Notes on vaccination in the North-West Frontier Province 1923-1928 - 1923-1928
Year: 1923
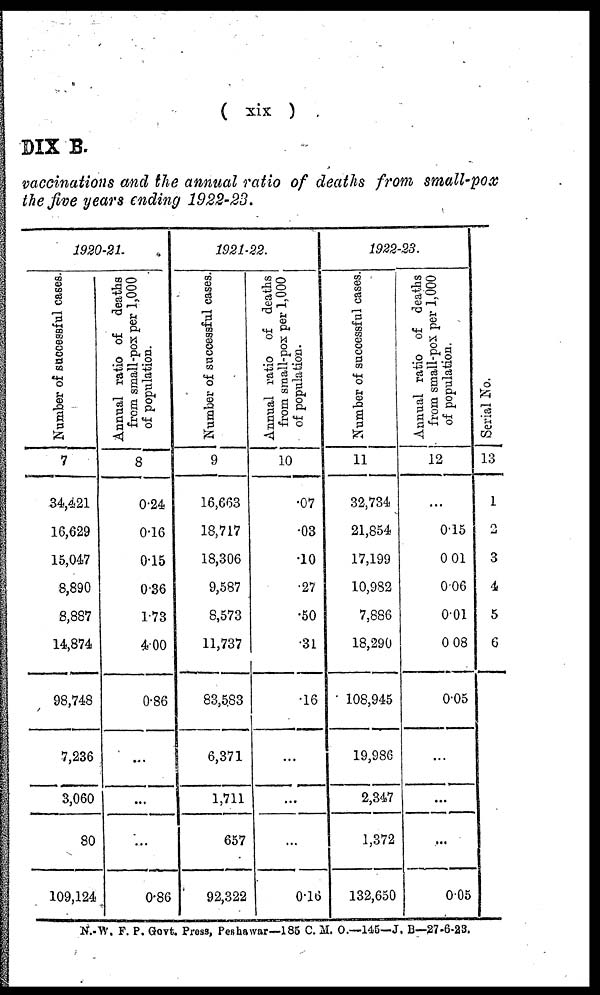
( xix )
DIX B.
vaccinations and the annual ratio of deaths from small-pox
the five years ending 1922-23.
1920-21.
Number of successful cases.
7
34,421
16,629
15,047
8,890
8,887
14,874
98,748
7,236
3,060
80
109,124
Annual ratio of deaths
from small-pox per 1,000
of population.
8
0.24
0.16
0.15
0.36
1.73
4.00
0.86
...
...
...
0.86
1921-22.
Number of successful cases.
9
16,663
18,717
18,306
9,587
8,573
11,737
83,583
6,371
1,711
657
92,322
Annual ratio of deaths
from small-pox per 1,000
of population.
10
.07
.03
.10
.27
.50
.31
.16
...
...
...
0.16
1922-23.
Number of successful cases.
11
32,734
21,854
17,199
10,982
7,886
18,290
108,945
19,986
2,347
1,372
132,650
Annual ratio of deaths
from small-pox per 1,000
of population.
12
...
0.15
0.01
0.06
0.01
0.08
0.05
...
...
...
0.05
Serial No.
13
1
2
3
4
5
6
N.-W. F. P. Govt. Press, Peshawar—185 C. M. O.—145—J. B—27-6-23.